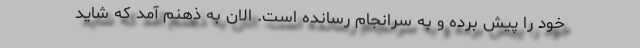
خود را پیش برده و به سرانجام رسانده است. الان به ذهنم آمد که شاید